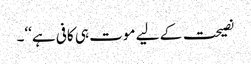
نصیحت کے لیے موت ہی کافی ہے‘‘۔